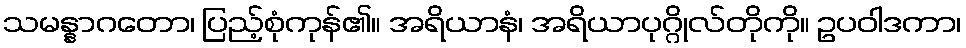
သမန္နာဂတော၊ ပြည့်စုံကုန်၏။ အရိယာနံ၊ အရိယာပုဂ္ဂိုလ်တိုကို။ ဥပဝါဒကာ၊